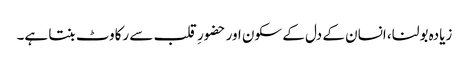
زیادہ بولنا، انسان کے دل کے سکون اور حضورِ قلب سے رکاوٹ بنتا ہے۔